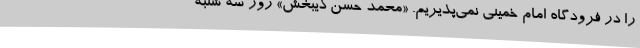
را در فرودگاه امام خمینی نمی‌پذیریم. «محمد حسن ذیبخش» روز سه شنبه